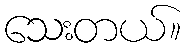
သေးတယ်။